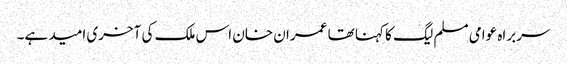
سربراہ عوامی مسلم لیگ کا کہنا تھا عمران خان اس ملک کی آخری امید ہے۔